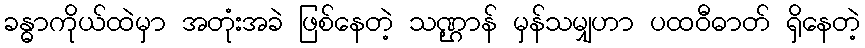
ခန္ဓာကိုယ်ထဲမှာ အတုံးအခဲ ဖြစ်နေတဲ့ သဏ္ဌာန် မှန်သမျှဟာ ပထဝီဓာတ် ရှိနေတဲ့